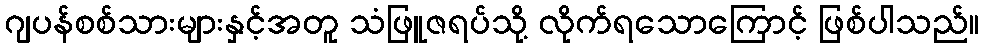
ဂျပန်စစ်သားများနှင့်အတူ သံဖြူဇရပ်သို့ လိုက်ရသောကြောင့် ဖြစ်ပါသည်။